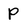
Character: P